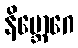
နိဗ္ဘောဂေ